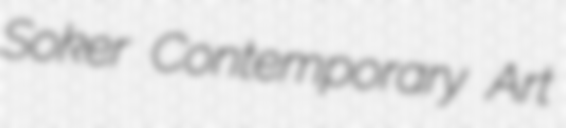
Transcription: Soker Contemporary Art